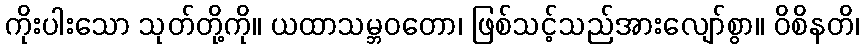
ကိုးပါးသော သုတ်တို့ကို။ ယထာသမ္ဘဝတော၊ ဖြစ်သင့်သည်အားလျော်စွာ။ ဝိစိနတိ၊